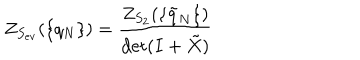
Z _ { S _ { e v } } ( \{ q _ { N } \} ) = \frac { Z _ { S _ { 2 } } ( \{ \tilde { q } _ { N } \} ) } { \det ( I + \tilde { X } ) }